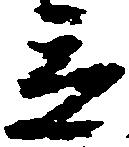
立